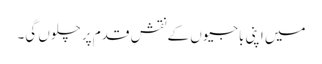
میں اپنی باجیوں کے نقشِ قدم پر چلوں گی۔